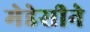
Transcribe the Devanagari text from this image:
मेडेसीने